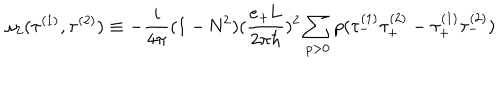
LaTeX: { \omega } _ { 2 } ( { \tau } ^ { ( 1 ) } , { \tau } ^ { ( 2 ) } ) \equiv - \frac { i } { 4 \pi } ( 1 - \mathrm { N } ^ { 2 } ) ( \frac { e _ { + } \mathrm { L } } { 2 { \pi } { \hbar } } ) ^ { 2 } \sum _ { p > 0 } p ( { \tau } _ { - } ^ { ( 1 ) } { \tau } _ { + } ^ { ( 2 ) } - { \tau } _ { + } ^ { ( 1 ) } { \tau } _ { - } ^ { ( 2 ) } )